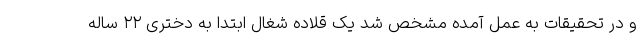
و در تحقیقات به عمل آمده مشخص شد یک قلاده شغال ابتدا به دختری ۲۲ ساله